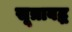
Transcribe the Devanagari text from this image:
सूत्राबद्ध